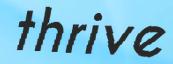
thrive